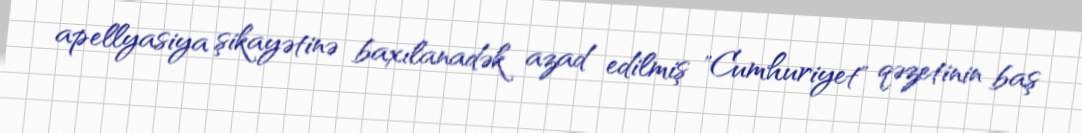
apellyasiya şikayətinə baxılanadək azad edilmiş "Cumhuriyet" qəzetinin baş